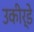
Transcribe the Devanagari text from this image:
उकीर्डे